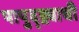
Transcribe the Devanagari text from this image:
पापुद्द्र्याची